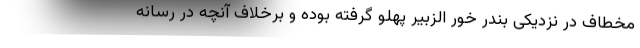
مخطاف در نزدیکی بندر خور الزبیر پهلو گرفته بوده و برخلاف آنچه در رسانه